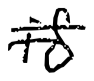
Text: is
Cross-out: double-line
Writing tool: digital_black